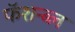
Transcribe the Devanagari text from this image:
फॅशन्ब्ल